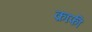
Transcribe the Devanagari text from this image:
क़ाफी